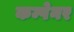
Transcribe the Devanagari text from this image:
कम्पेनर